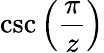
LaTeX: \csc\left({\frac{\pi}{z}}\right)